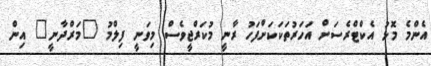
އެންމެ މޮޅު އެކްޓްރެސަށް އަހަރުތަކަކަށްފަހު ރާނީ މުކަރްޖީވެސް މިވަނީ ފިލްމު "މަރްދާނީ" އިން